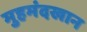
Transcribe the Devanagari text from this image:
मुहमंदखान